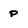
Character: p